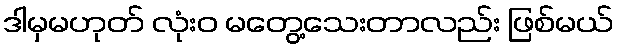
ဒါမှမဟုတ် လုံးဝ မတွေ့သေးတာလည်း ဖြစ်မယ်